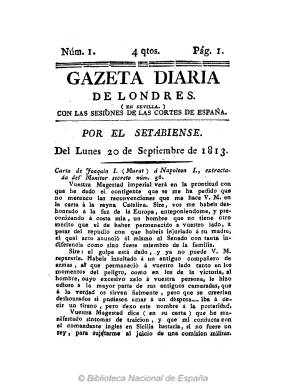
Título: Gazeta diaria de Londres en Sevilla
Otros títulos: Gazeta diaria de Londres (en Sevilla) || Gazeta diaria de Londres || Gazeta diaria de Londres || Gaceta diaria de Londres en Sevilla || Gazeta diaria de Londres en Sevilla con las sesiones de las Cortes de España || Gazeta diaria de Londres en Sevilla con las sesiones de las Cortes de España
Colección: Gacetas
Ámbito geográfico: Sevilla
Lugar de publicación: Sevilla
Fechas: 20/09/1813-01/10/1813

A partir del lunes, 20 de septiembre de 1813, El Setabiense, seudónimo del clérigo y periodista y oportunista absolutista Nicolás Pérez Jiménez (c.1770-1828), comienza a publicar este diario en Sevilla, como continuación de los dieciocho números que había publicado en los meses anteriores de ese mismo año (pero sin indicación de día y mes) de su también periódico Los ingleses en España. Estas dos publicaciones se caracterizarán por su marcado carácter anglófilo, y cuando aparezca la segunda así lo expresará su propio autor, al indicar que su objetivo era “favorecer a los ingleses en la opinión pública” española. Para ello copiará o extractará artículos y noticias extranjeras aparecidas previamente en periódicos londinenses, y cita entre ellos al Courier, Cronicle, Ambigú y Thimes [sic]. Pero también dará noticias de la península ibérica, como es el caso de las sesiones de las Cortes de España, y así lo indica expresamente en la propia cabecera del diario.

Procedente de Cádiz, en donde había editado previamente en 1813 los bisemanarios El Articulista español y Los amigos de Vallesteros [en referencia al general Francisco Ballesteros (1770-1832)], El Setabiense había empezado también a editar el dos de agosto de ese mismo año 1813 el Diario crítico de Sevilla, que al comenzar septiembre había modificado por Diario crítico y general de Sevilla, cuya publicación alcanzará hasta 1815 con un carácter reaccionario. Mientras este diario lo sacaba de la Imprenta del Padrino, la Gazeta diaria de Londres saldrá de las prensas de la Viuda de Vázquez y Compañía, en entregas de cuatro páginas, compuestas a una columna y con paginación continuada, y a la venta conjunta de ambos periódicos le será aplicado un precio reducido.

El Setabiense le dio a esta Gazeta diaria de Londres un carácter más periodístico al que le había dado a Los ingleses en Sevilla, a juicio de Manuel Moreno Alonso (1989 y 2007), que ha analizado esta cabecera, en la que también se recogen noticias militares y diplomáticas referidas a Francia, Alemania, Suecia, el congreso de paz de Praga o  sobre las colonias españolas en América, y resalta la inserción de un artículo publicado previamente en Evening Post, de Dublín, bajo el título “Arturo, rei de España”, referido a la propuesta de poner a lord Wellington (1769-1852), principal general inglés en la Guerra de la Independencia, en el trono español con el título Arturo I. Para Moreno Alonso, la Gazeta diaria de Londres desempeñó un papel sin precedentes en la prensa española de la época, al representar unos contenidos pro-ingleses opuestos a las publicaciones francesas o afrancesadas, como lo fue la Gazeta de Sevilla, aunque El Setabiense “se limitara” a su edición y “a cobrar” por ello.

Ni Aznar y Gómez (1880) ni Chaves Rey (1896) habían mencionado esta Gazeta, pero sí lo hará Gómez Ímaz (1910), quien señaló haber visto hasta su número 12, correspondiente al viernes, uno de octubre de 1813, que alcanza la página 48. Gil Novales (2009), recogiendo la información proporcionada en la Colección de Fraile, indica que su colección acaba en el número 19, correspondiente al ocho de octubre de 1813, siendo la 76 la última página impresa. En la de la Biblioteca Nacional se dispone sólo de los números 1, 2 y 12.